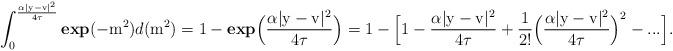
LaTeX: \begin{align*}\displaystyle\int_{0}^{\frac{\alpha|\mathrm{y}-\mathrm{v}|^2}{4\tau}}\textbf{exp}(-\mathrm{m}^2) d(\mathrm{m}^2) = 1- \textbf{exp}\Big(\frac{\alpha|\mathrm{y}-\mathrm{v}|^2}{4\tau}\Big) = 1- \Big[1-\frac{\alpha|\mathrm{y}-\mathrm{v}|^2}{4\tau} + \frac{1}{2!}\Big(\frac{\alpha|\mathrm{y}-\mathrm{v}|^2}{4\tau}\Big)^2-... \Big]. \end{align*}